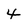
Character: 4